Vaccination report Assam 1874-1896 - 1874-1896
Year: 1874
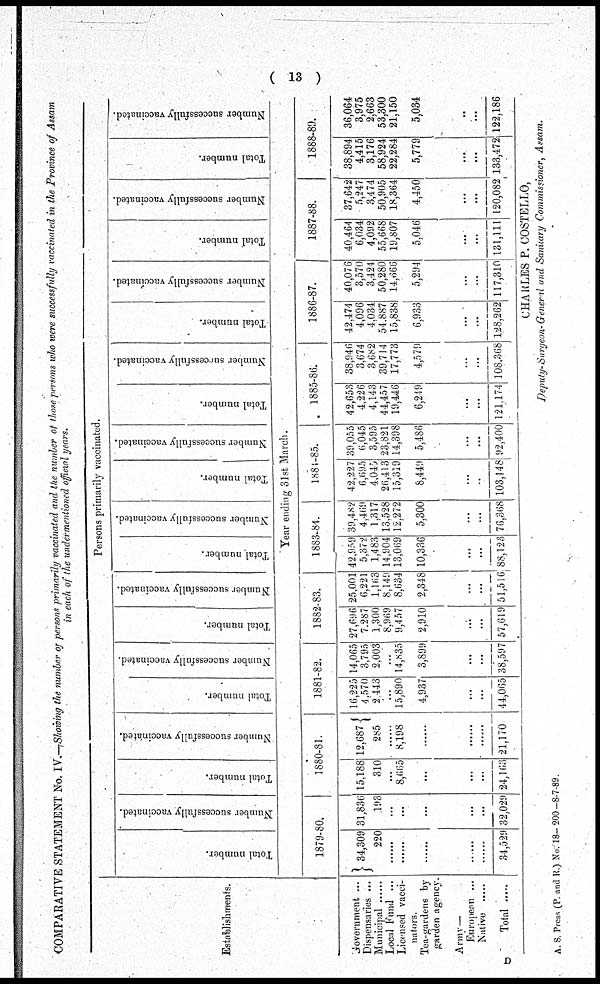
( 13 )
COMPARATIVE STATEMENT No. IV.—Showing the number of persons primarily vaccinated and the number of those persons who were successfully vaccinated in the Province of Assam
in each of the undermentioned official years.
Establishments.
Government ...
Dispensaries ...
Municipal ... ...
Local Fund ...
Licensed vacci-
nators.
Tea-gardens by
garden agency.
Army—
European ...
Native ......
Total ......
Persons primarily vaccinated.
Total number.
Number successfully vaccinated.
Total number.
Number successfully vaccinated.
Total number.
Number successfully vaccinated.
Total number.
Number successfully vaccinated.
Total number.
Number successfully vaccinated.
Total number.
Number successfully vaccinated.
Total number.
Number successfully vaccinated.
Total number.
Number successfully vaccinated.
Total number.
Number successfully vaccinated.
Total number.
Number successfully vaccinated.
Year ending 31st March.
1879-80.
34,309
220
......
......
......
......
......
34,529
31,836
193
...
...
...
...
...
32,029
1880-81.
15,188
310
...
8,665
...
...
...
24,163
12,687
285
......
8,198
......
......
......
21,170
1881-82.
16,225
4,570
2,443
...
15,890
4,937
...
...
44,065
14,065
3,795
2,003
...
14,835
3,899
...
...
38,597
1882-83.
27,696
7,287
1,300
8,969
9,457
2,910
...
...
57,619
25,001
6,221
1,163
8,149
8,634
2,348
...
...
51,516
1883-84.
42,959
5,372
1,483
14,904
13,069
10,336
...
...
88,123
39,482
4,469
1,317
13,528
12,272
5,300
...
...
76,368
1884-85.
42,227
6,695
4,045
26,413
15,319
8,449
...
...
103,148
39,055
6,045
3,595
23,821
14,398
5,486
...
...
92,400
1885-86.
42,653
4,226
4,143
44,457
19,446
6,249
...
...
121,174
38,946
3,674
3,682
39,714
17,773
4,579
...
...
108,368
1886-87.
42,474
4,096
4,034
54,887
15,838
6,933
...
...
128,262
40,076
3,570
3,424
50,280
14,666
5,294
...
...
117,310
1887-88.
40,464
6,034
4,092
55,668
19,807
5,046
...
...
131,111
37,642
5,247
3,474
50,905
18,364
4,450
...
...
120,082
1888-89.
38,894
4,415
3,176
58,924
22,284
5,779
...
...
133,472
36,064
3,975
2,663
53,300
21,150
5,034
...
...
122,186
CHARLES P. COSTELLO,
Deputy-Surgeon-General and Sanitary Commissioner, Assam.
A. S. Press (P. and R.) No.18- 200—8-7-89.
D